Annual report of the Punjab Veterinary College and of the Civil Veterinary Department, Punjab - 1920-1925
Year: 1920
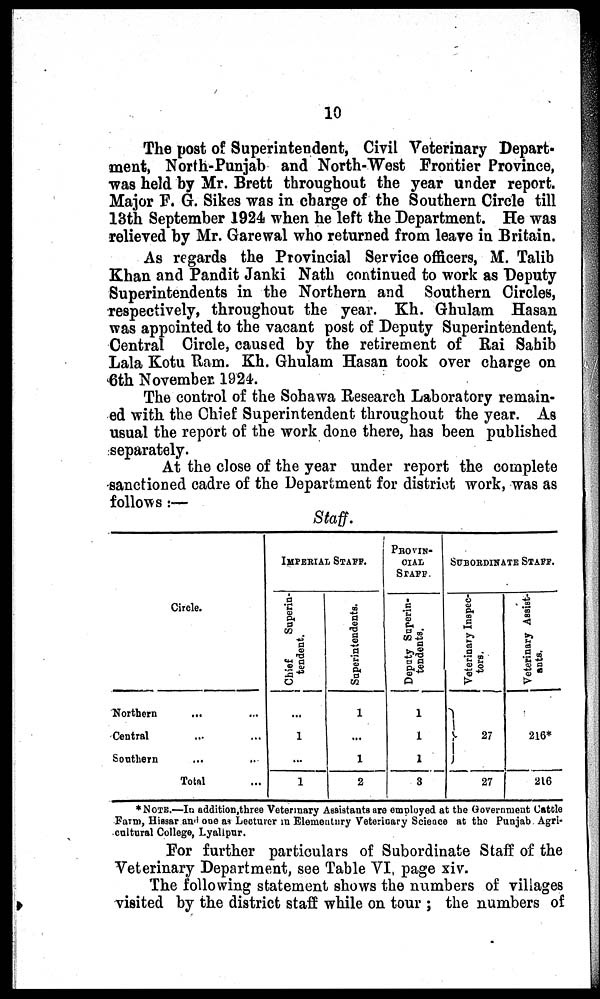
10
The post of Superintendent, Civil Veterinary Depart-
ment, North-Punjab and North-West Frontier Province,
was held by Mr. Brett throughout the year under report.
Major F. G. Sikes was in charge of the Southern Circle till
13th September 1924 when he left the Department. He was
relieved by Mr. Garewal who returned from leave in Britain.
As regards the Provincial Service officers, M. Talib
Khan and Pandit Janki Nath continued to work as Deputy
Superintendents in the Northern and Southern Circles,
respectively, throughout the year. Kh. Ghulam Hasan
was appointed to the vacant post of Deputy Superintendent,
Central Circle, caused by the retirement of Rai Sahib
Lala Kotu Ram. Kh. Ghulam Hasan took over charge on
6th November. 1924.
The control of the Sohawa Research Laboratory remain-
ed with the Chief Superintendent throughout the year. As
usual the report of the work done there, has been published
separately.
At the close of the year under report the complete
sanctioned cadre of the Department for district work, was as
follows:—
Staff.
Northern
Central
Southern
Circle.
... ...
... ...
... ...
Total ...
IMPERIAL STAFF.
Chief
Superin-
tendent.
...
1
...
1
Superintendents.
1
...
1
2
PROVIN-
CIAL
STAFF
Deputy Superin-
tendents.
1
1
1
3
SUBORDINATE STAFF.
Veterinary Inspec-
tors.
27
27
Veterinary Assist-
ants.
216*
216
*NOTE.—In addition,three Veterinary Assistants are employed at the Government Cattle
Farm, Hissar and one as Lecturer in Elementary Veterinary Science at the Punjab Agri-
cultural College, Lyallpur.
For further particulars of Subordinate Staff of the
Veterinary Department, see Table VI page xiv.
The following statement shows the numbers of villages
visited by the district staff while on tour; the numbers of